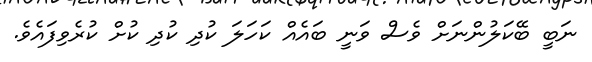
ނަބީ ބޭކަލުންނަށް ވެސް ވަނީ ބައެއް ކަހަލަ ކުދި ކުދި ކުށް ކުރެވިފައެވެ.